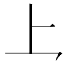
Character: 𪛚